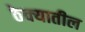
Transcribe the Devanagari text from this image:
ठेक्‍यातील